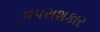
વપરાશકાર